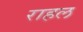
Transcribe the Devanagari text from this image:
राहल